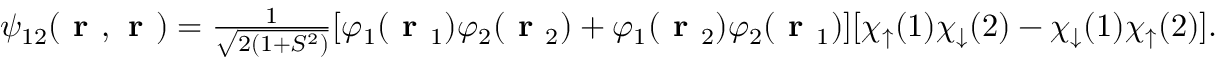
\begin{array} { r } { \psi _ { 1 2 } ( \textbf { r } , \textbf { r } ) = \frac { 1 } { \sqrt { 2 ( 1 + S ^ { 2 } ) } } [ \varphi _ { 1 } ( \textbf { r } _ { 1 } ) \varphi _ { 2 } ( \textbf { r } _ { 2 } ) + \varphi _ { 1 } ( \textbf { r } _ { 2 } ) \varphi _ { 2 } ( \textbf { r } _ { 1 } ) ] [ \chi _ { \uparrow } ( 1 ) \chi _ { \downarrow } ( 2 ) - \chi _ { \downarrow } ( 1 ) \chi _ { \uparrow } ( 2 ) ] . } \end{array}